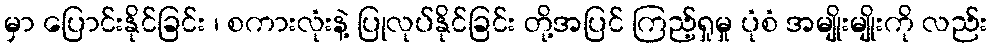
မှာ ပြောင်းနိုင်ခြင်း ၊ စကားလုံးနဲ့ ပြုလုပ်နိုင်ခြင်း တို့အပြင် ကြည့်ရှုမှု ပုံစံ အမျိုးမျိုးကို လည်း